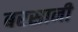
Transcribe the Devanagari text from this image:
बरसानी